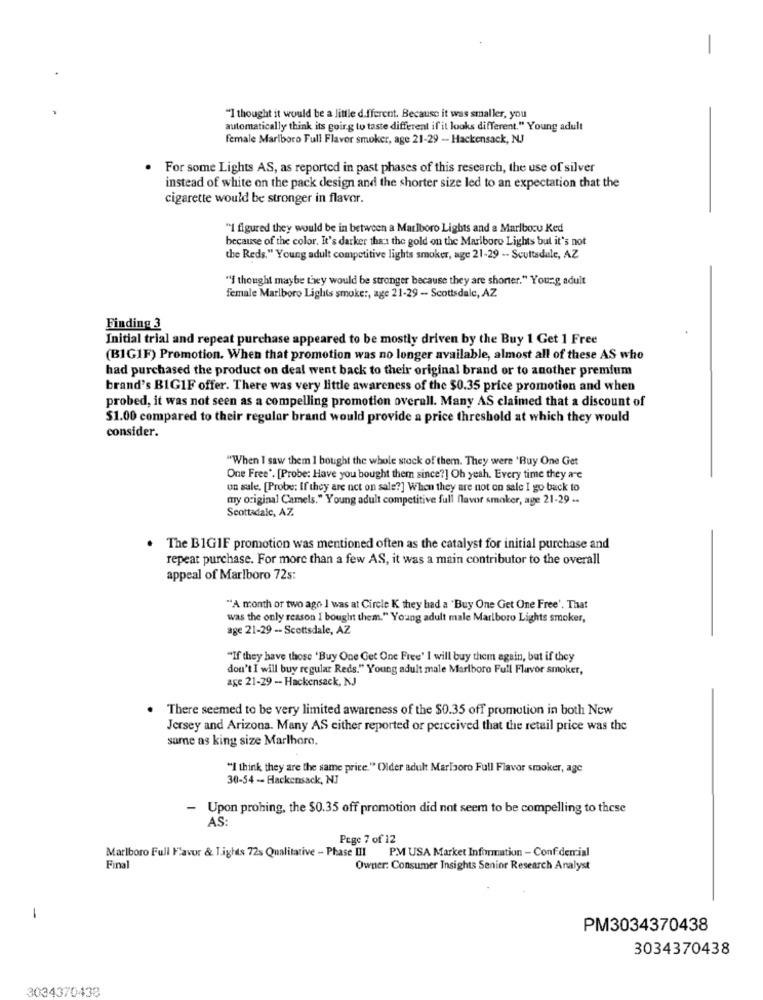
-
"I thought it would be a little d.fferent. Because it was smaller, you
automatically think its going to taste different if it looks different." Young adult
female Marlboro Full Flavor smoker, age 21-29 -- Hackensack, NJ
For some Lights AS, as reported in past phases of this research, the use of silver
instead of white on the pack design and the shorter size led to an expectation that the
cigarette would be stronger in flavor.
"I figured they would be in between a Marlboro Lights and a Marlboro Ked
because of the color. It's darker than the gold on the Marlboro Lights but it's not
the Reds." Young adult competitive lights smoker, age 21-29 -- Scottsdale, AZ
"I thought maybe they would be stronger because they are shorter." Young adult
female Marlboro Lights smoke :, age 21-29 - Scottsdale, AZ
Finding 3
Initial trial and repeat purchase appeared to be mostly driven by the Buy 1 Get 1 Free
(BIG1F) Promotion. When that promotion was no longer available, almost all of these AS who
had purchased the product on deal went back to their original brand or to another premium
brand's BIG1F offer. There was very little awareness of the $0.35 price promotion and when
probed, it was not seen as a compelling promotion overall. Many AS claimed that a discount of
$1.00 compared to their regular brand would provide a price threshold at which they would
consider.
"When I saw them I bought the whole stock of them. They were 'Buy One Get
One Free". [Probe: Have you bought them since?] Oh yeah. Every time they are
un sale. [Probe: If they are net on sale?] When they are not on sale I go back to
my original Camels." Young adult competitive full flavor smoker, age 21-29 ..
Scottadalc, AZ
The BIGIF promotion was mentioned often as the catalyst for initial purchase and
repeat purchase. For more than a few AS, it was a main contributor to the overall
appeal of Marlboro 72s:
"A month or two ago ] was at Circle K they had a "Buy One Get One Free'. That
was the only reason I bought them." Young adult male Marlboro Lights smoker,
age 21-29 -- Scottsdale, AZ
"If they have those 'Buy One Get One Free' I will buy them again, but if they
don't I will buy regular Reds." Young adult male Marlboro Full Flavor smoker,
age 21-29 -- Hackensack, KJ
There seemed to be very limited awareness of the $0.35 off promotion in both New
Jersey and Arizona. Many AS either reported or perceived that the retail price was the
same as king size Marlboro.
"I think they are the same price." Older adult Marlboro Full Flavor smoker, age
30-54 - Hackensack, NJ
- Upon prohing, the $0.35 off promotion did not seem to be compelling to these
AS
Pege 7 of 12
Marlboro Full Favor & Tights 72s Qualitative - Phase III PM USA Market Information - Conf demial
Final
Owner: Consumer Insights Senior Research Analyst
-
PM3034370438
3034370438
3034370438